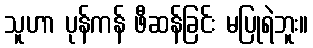
သူဟာ ပုန်ကန် ဖီဆန်ခြင်း မပြုရဲဘူး။